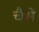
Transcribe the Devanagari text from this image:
चैसे